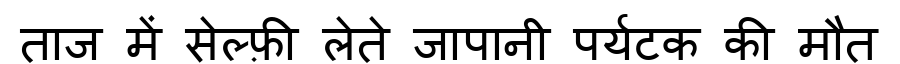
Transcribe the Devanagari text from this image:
ताज में सेल्फ़ी लेते जापानी पर्यटक की मौत